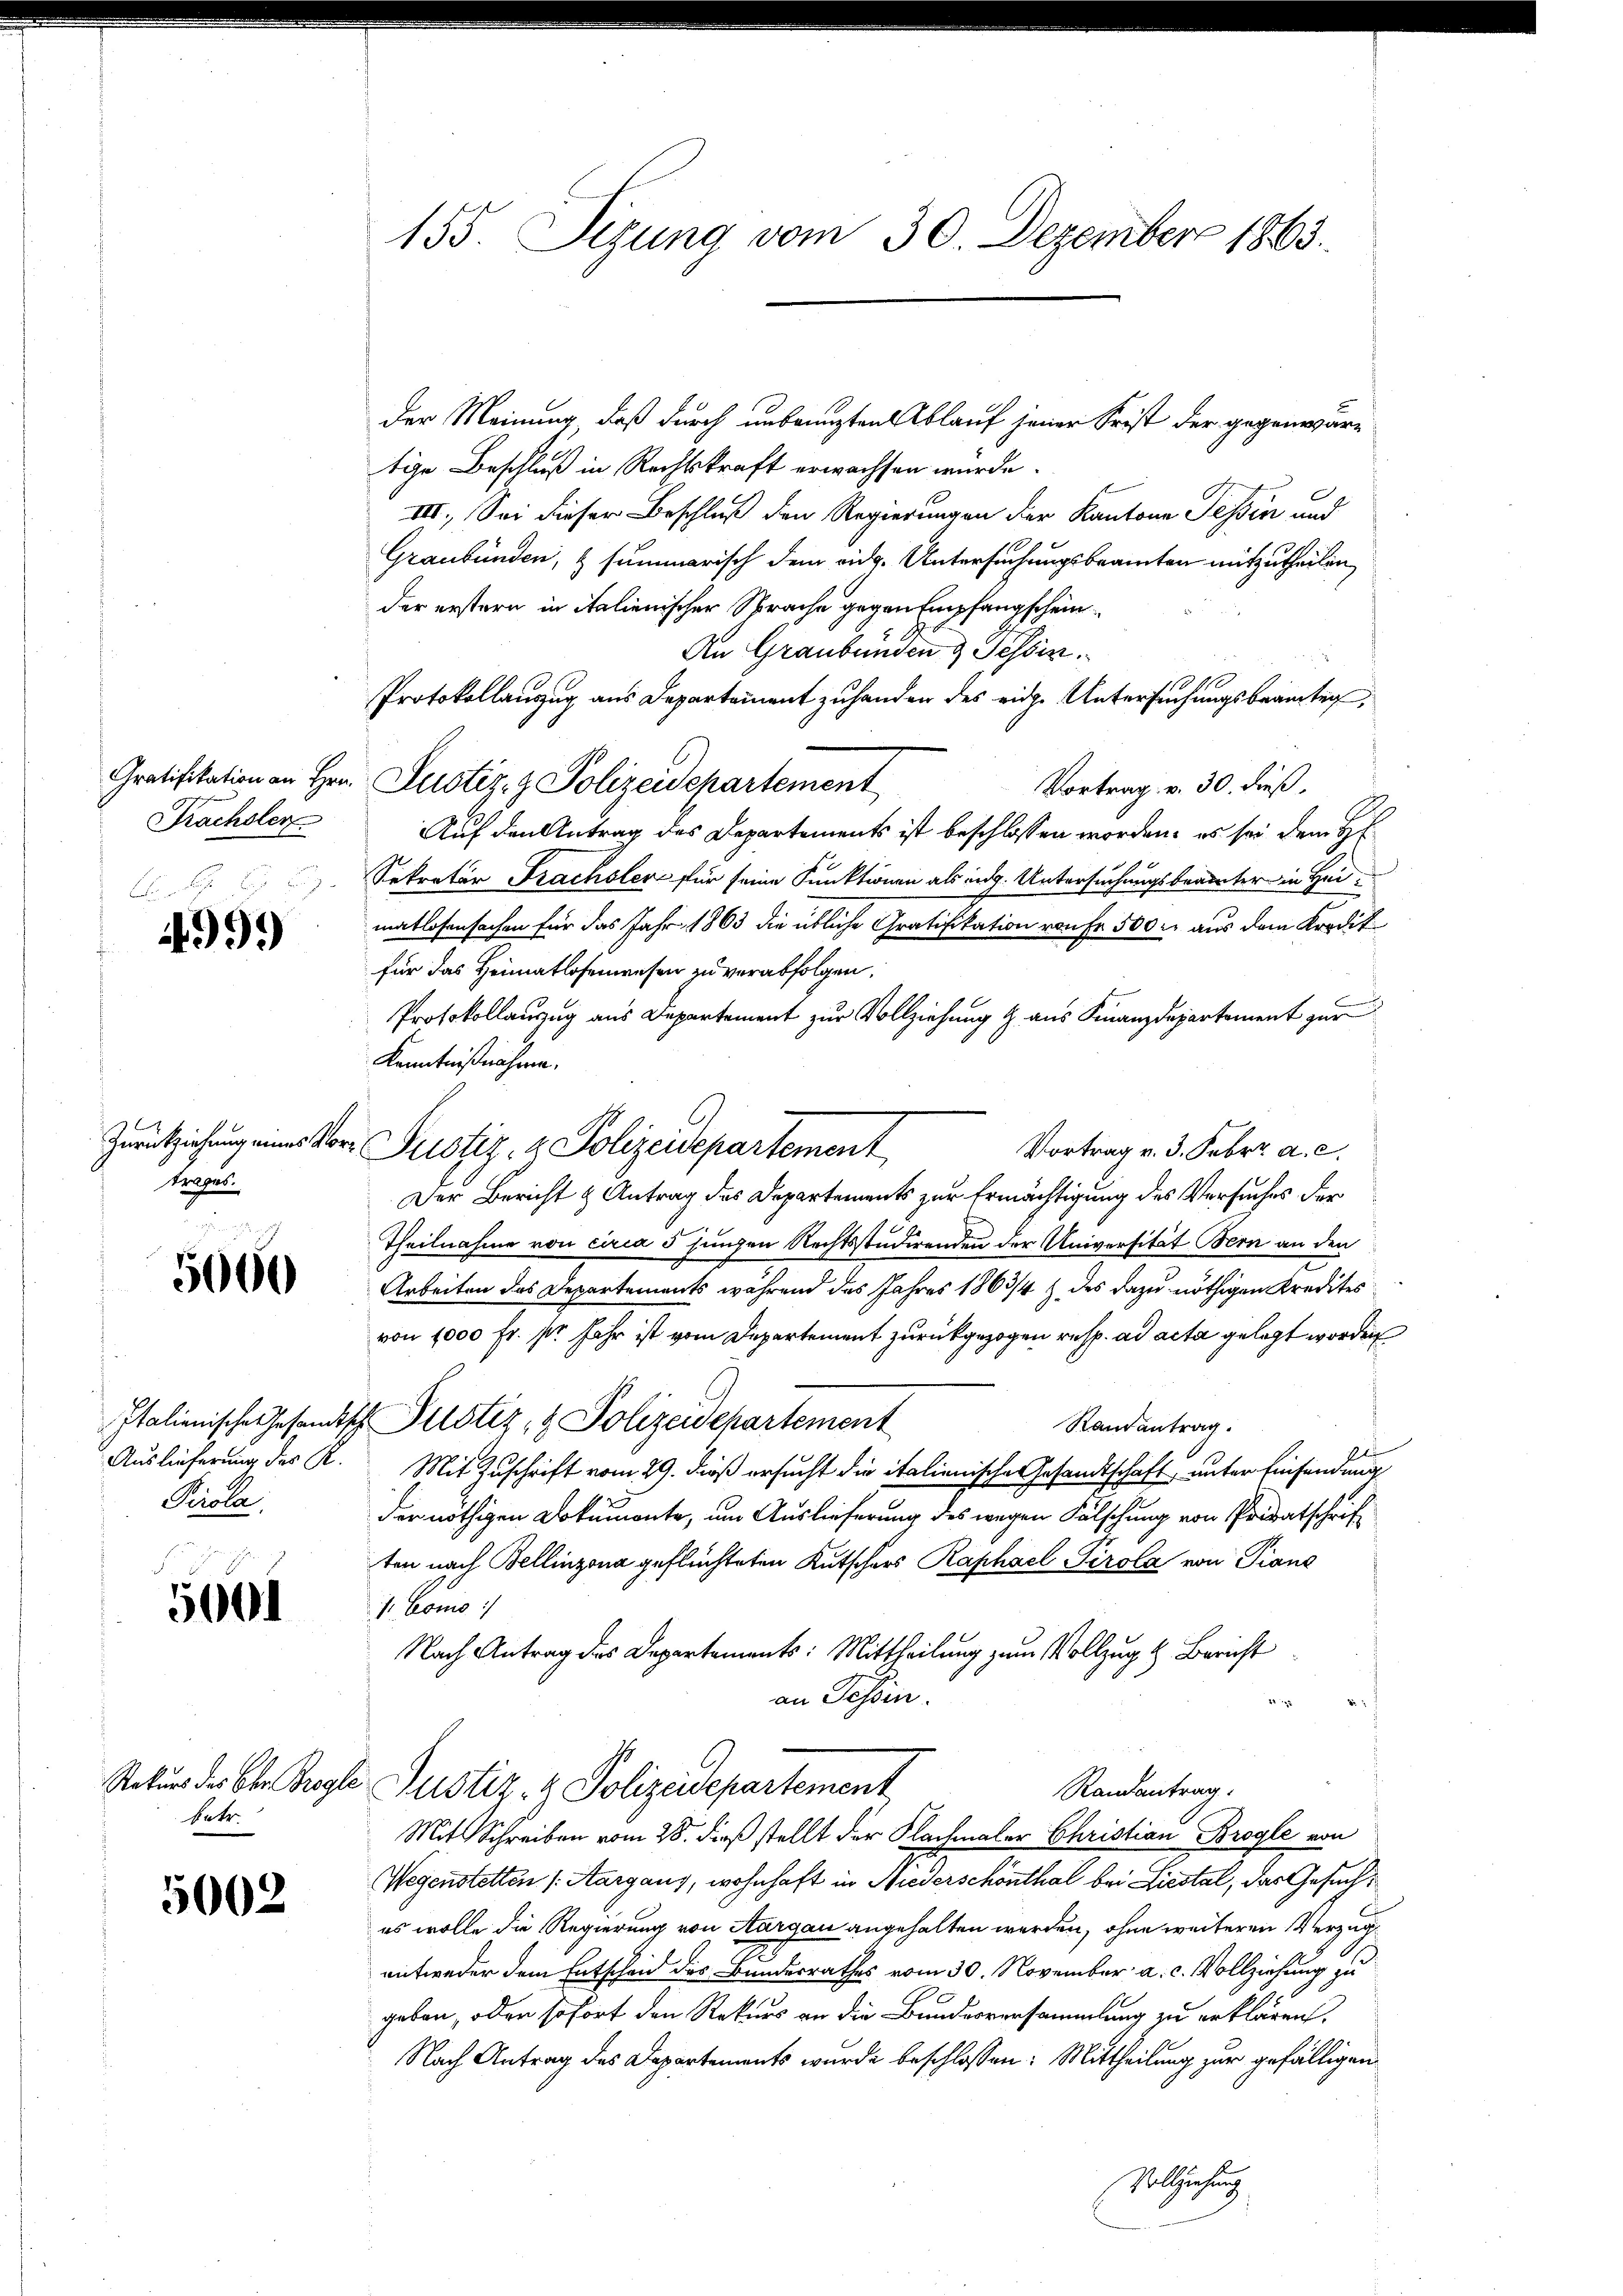
Gratifikation an Hrn.
Frachsler

4999)

Zurückziehung eines Vortrages.

5000

Italianische Gesandts
Auslieferung der K.
Pirola

5001

betr.

5002

155. Sizung vom 30. Dezember 1863.

der Meinung, daß durch unbenuzten Ablauf jener Seist der gegenwärtige Beschluß in Rechtskraft erwachsen wurde.
III. Sei dieser Beschluß den Regierungen der Kantone Tessin und
Graubünden, & summarisch dem eidg. Untersuchungsbeamten mitzutheilen,
der erstern in Italienischer Sprache gegen Empfangschein¬
An Graubünden & Tessin.
Protokollauszug aus Departement zu handen des eidge Untersuchungsbeamten,
Justiz- & Polizeidepartement
Vortrag v. 30. dieß,
Auf den Antrag des Departements ist beschlossen worden, es sei dem H
Sekretär Frachsler für seine Punktionen als ing. Untersuchungsbeamter in Heimatlosensachen für das Jahr 1863 die übliche Gratifikation von Fr. 500. aus dem Kredit
für das Heimatlosenwesen zu verabfolgen.
Protokollanzug aus Departement zur Vollziehung & aus Finanzdepartement zur
Kenntnißnahme.
v Justiz- & Polizeidepartement
Vortrag v. 3. Febr. a. c.
Der Bericht & Antrag des Departements zur Ermächtigung des Versuches der
Theilnahme von circa 5 Jungen Rechtsstudirenden der Universität Bern an den
Arbeiten des Departements während des Jahres 1863/4 Z. des dazu nöthigen Kredites
von 1000 Fr. pr. Jahr ist vom Departement zurückgezogen resp. ad acta gelegt worden
u Justiz- & Polizeidchartement
Randantrag.
Mit Zuschrift vom 29. dieß ersucht die italienische Gesandtschaft unter Einsendung
der nöthigen Dokumonte, um Auslieferung des wegen Fälschung von Privatschriften nach Bellinzona geflüchteten Kutschers Raphael Tirola von Piane
s. Cons
Nach Antrag des Departements: Mittheilung zum Vollzug & Bericht
an Tessin.
1
Rekurs des Ober Begle Justiz & Polizeidepartement
Randantrag.
Mit Schreiben vom 28. dieß stellt der Nachmaler Christian Brogle von
Wegenstetten (Aargaus, wohnhaft in Niederschönthal bei Liestal, das Gesuches wolle die Regierung von Aargau angehalten werden, ohne weiteren Verzug
entweder dem Entschen des Bundesrathes vom 30. November a. c. Vollziehung zu
geben, oder sofort den Rekurs an die Bundesversammlung zu erklären.
Nach Antrag des Departements wurde beschlossen: Mittheilung zur gefälligen
Vollziehung